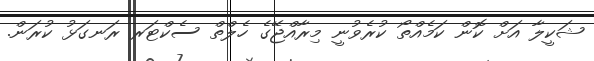
ޝަކީލާ އަށް ކޮން ކަމެއްތޯ ކުރެވުނީ މިރާއްޖޭގެ ހެލްތް ސެކްޓަރ ރަނގަޅު ކުރަން.